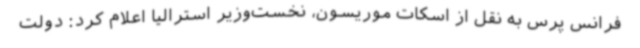
فرانس پرس به نقل از اسکات موریسون، نخست‌وزیر استرالیا اعلام کرد: دولت